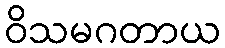
ဝိသမဂတာယ